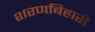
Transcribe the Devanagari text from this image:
शरणबिहारी